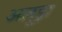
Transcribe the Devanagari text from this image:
अलूड्रा